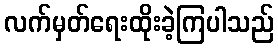
လက်မှတ်ရေးထိုးခဲ့ကြပါသည်